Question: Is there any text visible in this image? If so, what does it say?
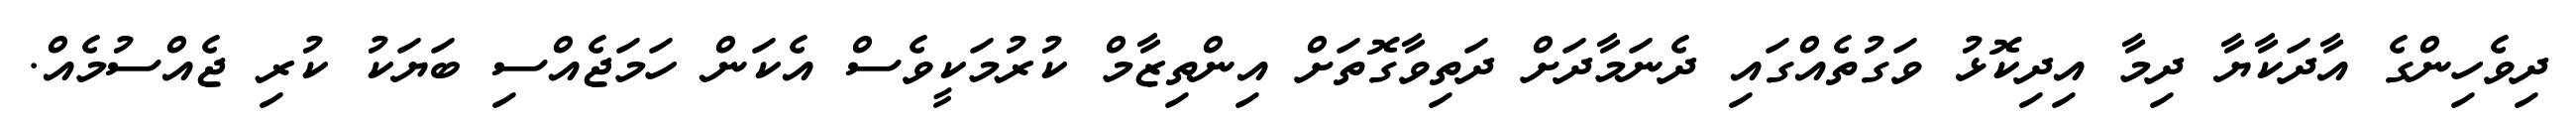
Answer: ދިވެހިންގެ އާދަކާޔާ ދިމާ އިދިކޮޅު ވަގުތެއްގައި ދެނަމާދަށް ދަތިވާގޮތަށް އިންތިޒާމް ކުރުމަކީވެސް އެކަން ހަމަޖެއްސި ބަޔަކު ކުރި ޖެއްސުމެއް.